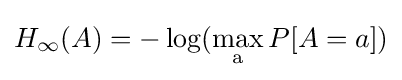
H_{\infty }(A)=-\log(\max _{\mathrm {a} }P[A=a])